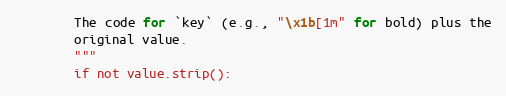
Language: Python
        The code for `key` (e.g., "\x1b[1m" for bold) plus the
        original value.
        """
        if not value.strip():